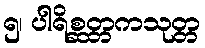
၅၊ ပါရိစ္ဆတ္တကသုတ္တ